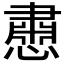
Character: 𪬵